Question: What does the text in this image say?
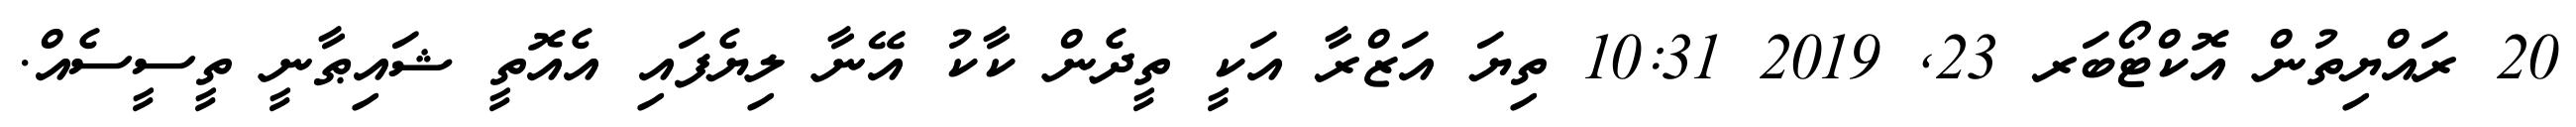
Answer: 20 ރައްޔިތުން އޮކްޓޯބަރ 23, 2019 10:31 ތިޔަ އަޒްރާ އަކީ ތީދެން ކާކު އޭނާ ލިޔެފައި އެއޮތީ ޝައިޠާނީ ތީސީސެއް.